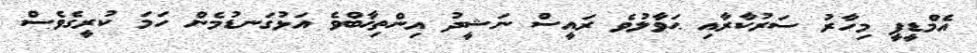
އެމްޑީޕީ މިހާރު ސަރުކާރާއި ޙަވާލުވެ ރައީސް ނަޝީދު އިންތިޚާބްވެ އަޅުގަނޑުމެން ހަމަ ކުރީގެވެސް